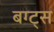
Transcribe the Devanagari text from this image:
बग्ट्स